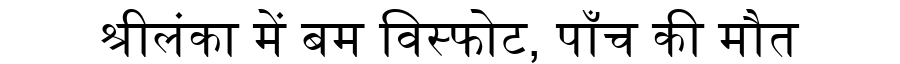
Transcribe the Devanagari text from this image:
श्रीलंका में बम विस्फोट, पाँच की मौत